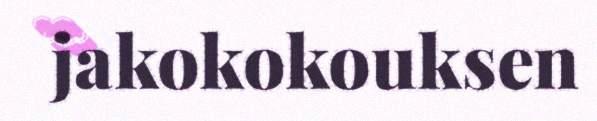
jakokokouksen